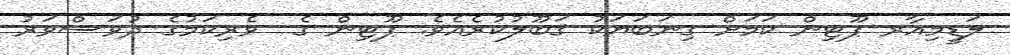
ލަޑީމިއާރ ޕޫޓިން ކަމަށް ގިނަބަޔަކު ޤަބޫލުކުރެއެވެ. ޕޫޓިން ގެ  ވެރިކަމުގެ ދުވަސްވަރު